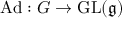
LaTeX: \operatorname { A d } : G \to \operatorname { G L } ( { \mathfrak { g } } )